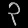
Digit: ၃